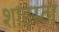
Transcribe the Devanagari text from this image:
शाइस्‍ता